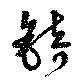
錡